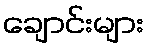
ချောင်းများ